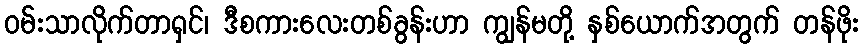
ဝမ်းသာလိုက်တာရှင်၊ ဒီစကားလေးတစ်ခွန်းဟာ ကျွန်မတို့ နှစ်ယောက်အတွက် တန်ဖိုး